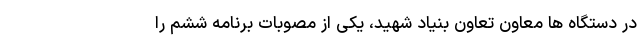
در دستگاه ها معاون تعاون بنیاد شهید، یکی از مصوبات برنامه ششم را